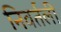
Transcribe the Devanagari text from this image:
निवर्तली